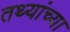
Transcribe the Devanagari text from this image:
तथ्‍यांच्‍या